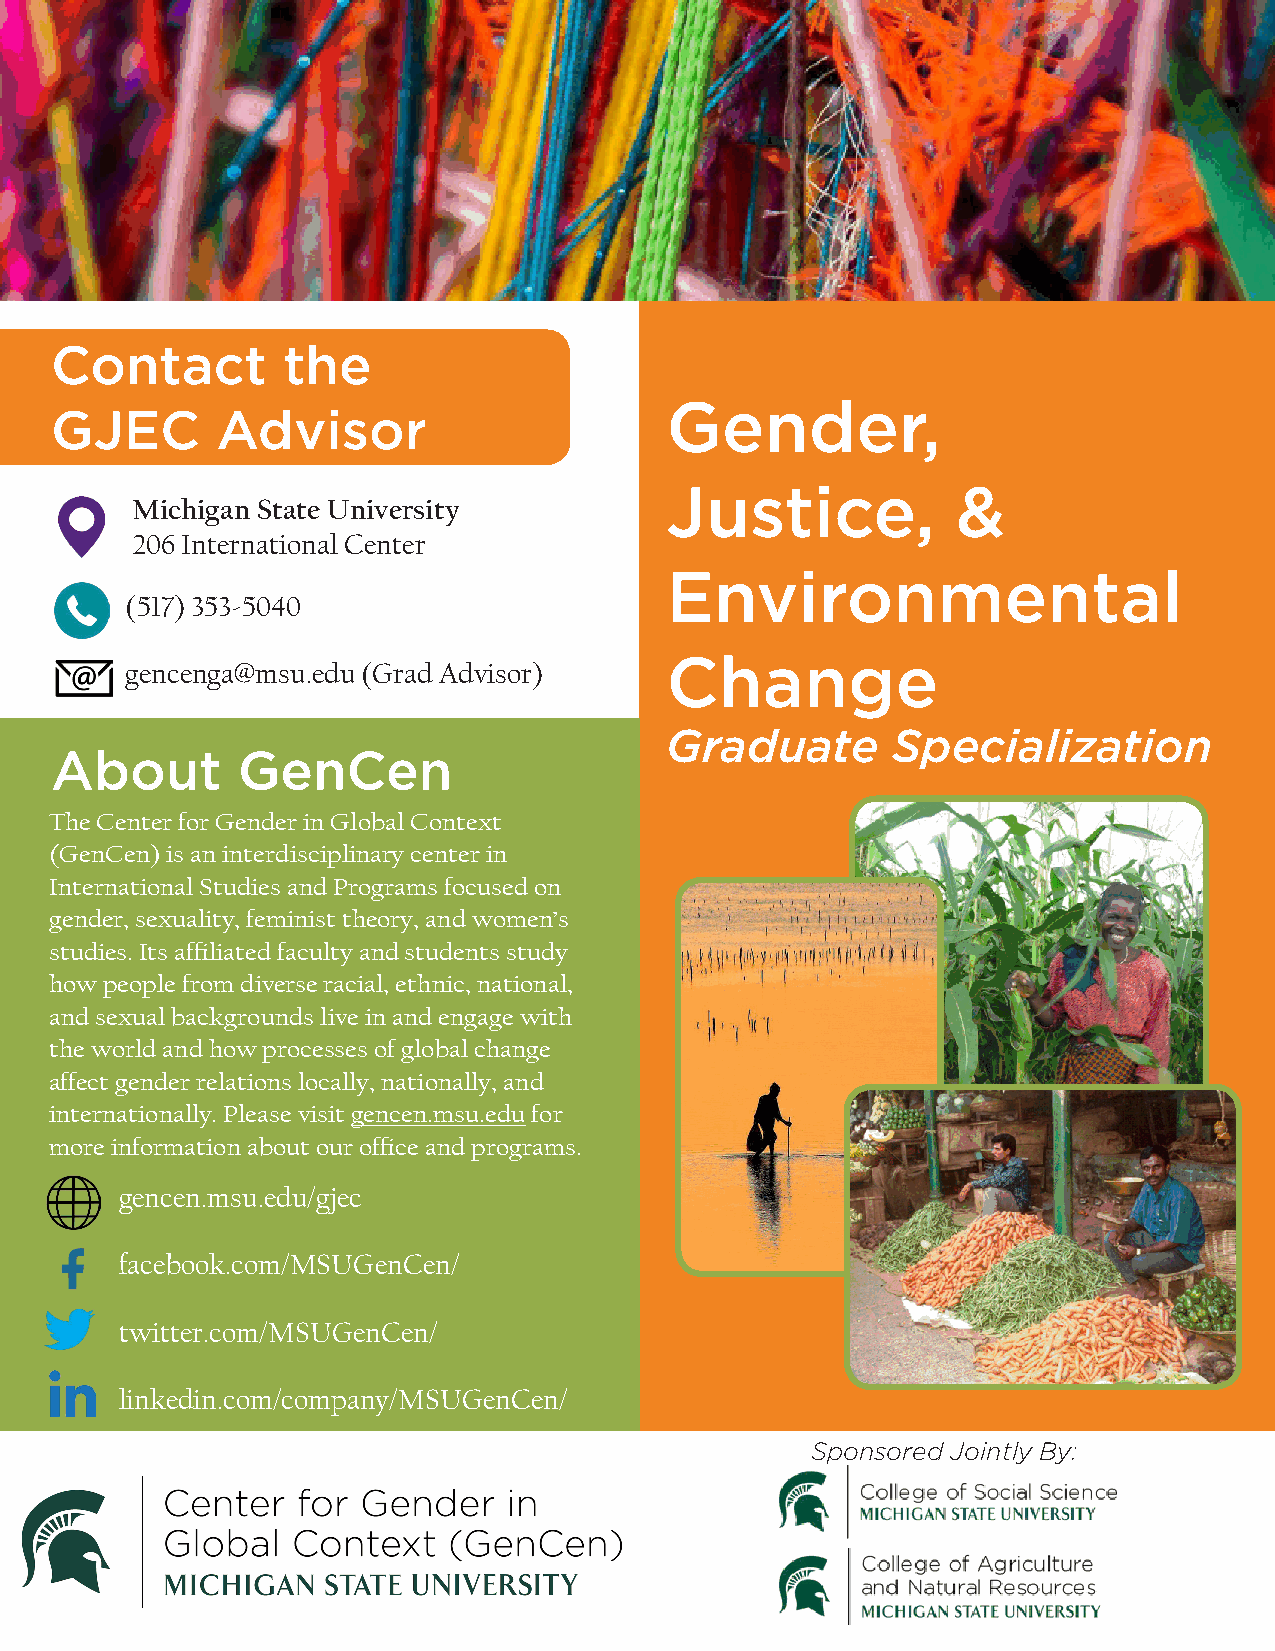
Contact         the
 Gender,
 GJEC       Advisor
 Justice,           &
 Michigan State University
 206 International Center
 Environmental
 (517) 353-5040
 gencenga@msu.edu (Grad Advisor)     Change
 Graduate       Specialization
 About        GenCen
 The Center for Gender in Global Context
 (GenCen) is an interdisciplinary center in
 International Studies and Programs focused on
 gender, sexuality, feminist theory, and women’s
 studies. Its affiliated faculty and students study
 how people from diverse racial, ethnic, national,
 and sexual backgrounds live in and engage with
 the world and how processes of global change
 affect gender relations locally, nationally, and
 internationally. Please visit gencen.msu.edu for
 more information about our office and programs.
 gencen.msu.edu/gjec
 facebook.com/MSUGenCen/
 twitter.com/MSUGenCen/
 linkedin.com/company/MSUGenCen/
 Sponsored Jointly By: